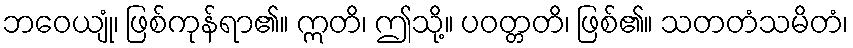
ဘဝေယျုံ၊ ဖြစ်ကုန်ရာ၏။ ဣတိ၊ ဤသို့။ ပဝတ္တတိ၊ ဖြစ်၏။ သတတံသမိတံ၊